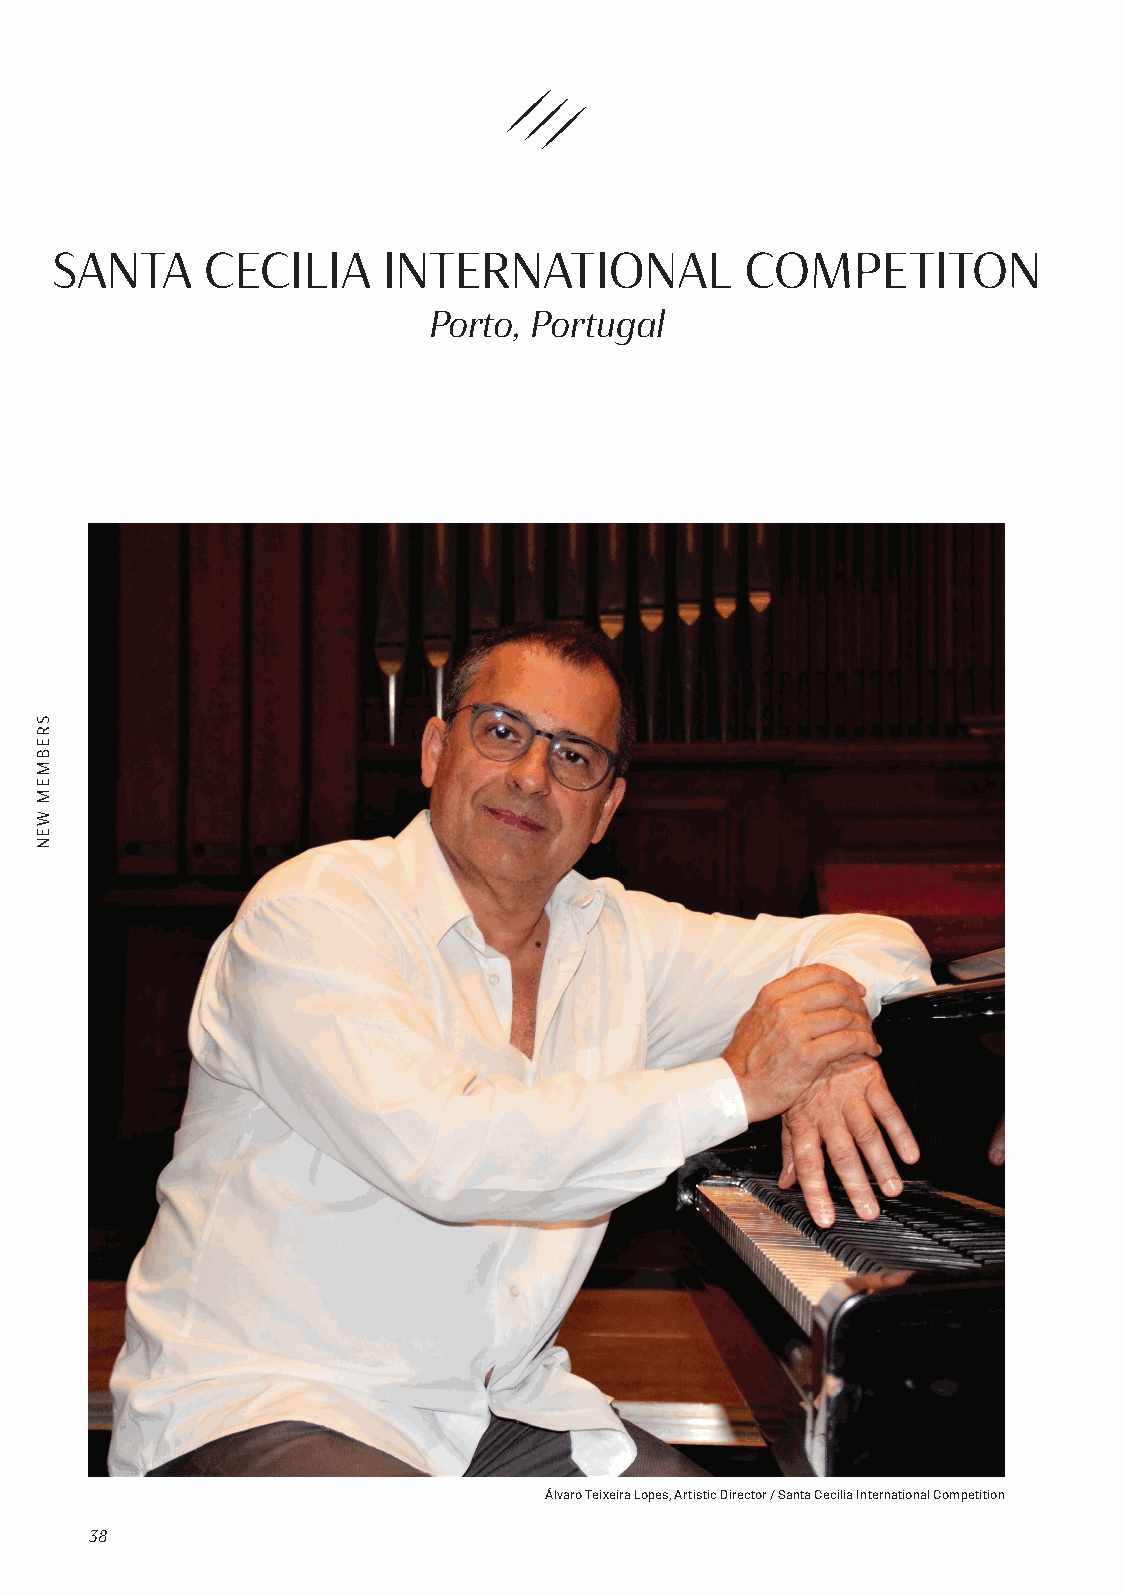
SANTA     CECILIA     INTERNATIONAL           COMPETITON
 Porto, Portugal
 Álvaro Teixeira Lopes, Artistic Director / Santa Cecilia International Competition
 38
 SREBMEM
 WEN